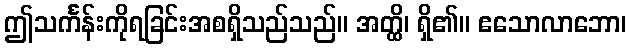
ဤသင်္ကန်းကိုရခြင်းအစရှိသည်သည်။ အတ္ထိ၊ ရှိ၏။ ဧသောလာဘော၊